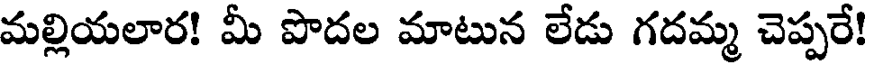
మల్లియలార! మీ పొదల మాటున లేడు గదమ్మ చెప్పరే!